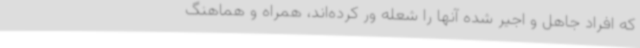
که افراد جاهل و اجیر شده آنها را شعله ور کرده‌اند، همراه و هماهنگ